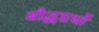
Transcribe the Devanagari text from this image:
बौद्धग्रथों